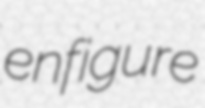
enfigure